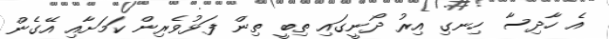
އެ ހާދިސާ ހިނގި އިރު ދޯނީގައި ތިބީ ތިން ފަޅުވެރިން ކަމަށާއި އޭގެން